Annual report of the Bengal Veterinary College and of the Civil Veterinary Department, Bengal, for the year 1920-21 - 1920-1921
Year: 1920
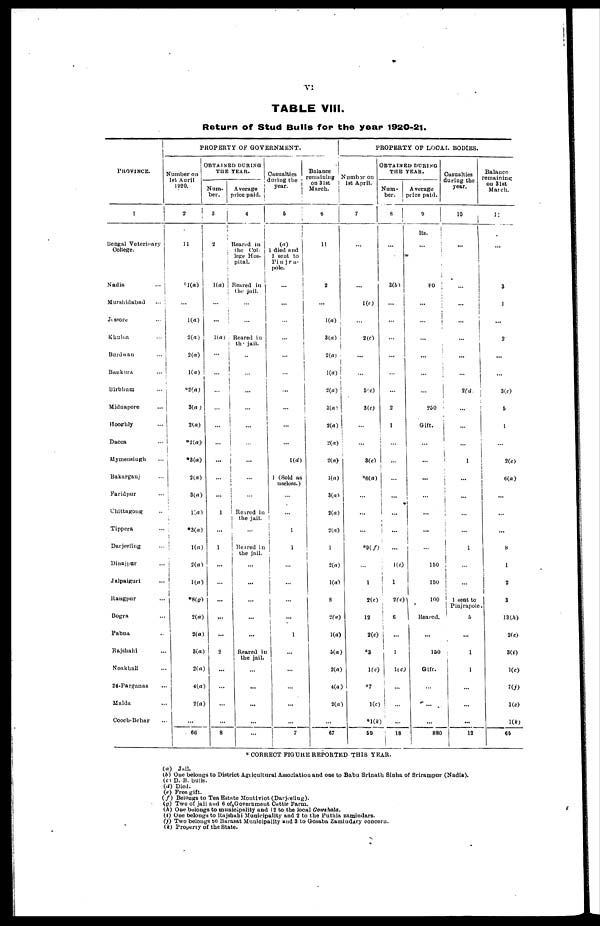
TABLE VIII.
Return of Stud Bulls for the year 1920-21.
PROVINCE.
1
Bengal Veterinary
College.
Nadia ...
Murshidabad ...
Jessore ...
Khulna ...
Burdwan ...
Baukura ...
Birbhum ...
Midnapore ...
Hooghly ...
Dacca ...
Mymensingh ...
Bakarganj ...
Faridpur ...
Chittagong ...
Tippera ...
Darjeeling ...
Dinajpur ...
Jalpaiguri ...
Rangpur ...
Bogra ...
Pabna ...
Rajshahi ...
Noakhali ...
24-Parganas ...
Malda ...
Coach-Behar ...
PROPERTY OF GOVERNMENT.
Number on
1st April
1920.
2
11
*1(a)
...
1(a)
2(a)
2(a)
1(a)
*2(a)
3(a)
2(a)
* 2(a)
* 3(a)
2(a)
3(a)
1(a)
*3(a)
1(a)
2(a)
1(a)
*8(g)
2(a)
2(a)
3(a)
2(a)
4(a)
2(a)
...
66
OBTAINED DURING
THE YEAR.
Num-
ber.
3
2
1(a) |
...
...
1(a)
...
...
...
...
...
...
...
...
...
1
...
1
...
...
...
...
...
2
...
...
...
...
8
Average
rice paid.
4
Reared in
the Col-
lege Hos-
pital.
Reared in
the jail.
...
...
Reared in
the jail.
...
...
...
...
...
...
...
...
...
Reared in
the jail.
...
Reared in
the jail.
...
...
...
...
...
Reared in
the jail.
...
...
...
...
...
Oasualties
during the
year.
5
(a)
1 died and
1 sent to
Pinjra-
pole.
...
...
...
...
...
...
...
...
...
...
1(d)
1 (Sold as
useless.)
...
...
1
1
...
...
...
...
1
...
...
...
...
...
7
Balance
remaining
on 31st
March.
6
11
2
...
1(a)
3(a)
2(a)
1(a)
2(a)
3(a)
2(a)
2(a)
2(a)
1(a)
3(a)
2(a)
2(a)
1
2(a)
1(a)
8
2(a)
1(a)
5(a)
2(a)
4(a)
2(a)
...
67
PROPERTY OF LOCAL BODIES.
number on
1st April.
7
...
...
1(c)
...
2(c)
...
...
5(c)
3(c)
...
...
3(c)
*6(a)
...
...
...
*9(f)
...
1
2(c)
12
2(c)
*3
1(c)
*7
1(c)
*1(k)
59
OBTAINED DURING
THE YEAR.
Nam-
ber.
8
|
...
3(b)
...
...
...
...
...
...
2
1
...
...
...
...
...
...
...
1(c)
1
2(c)
6
...
1
1(c)
...
...
...
18
Average
price paid.
0
Rs.
...
80
...
...
...
...
...
...
250
Gift.
...
...
...
...
...
...
...
160
150
100
Reared.
...
150
Gift.
...
...
...
880
Oasualties
during the
year.
10
...
...
...
...
...
...
...
2(d)
...
...
...
1
1
...
...
...
1
...
...
1 sent to
Pinjrapole
5
...
1
1
...
...
...
12
Balance
remaining
on 31st
Match.
11
...
3
1
...
2
...
...
3(c)
5
1
...
2(c)
6(a)
...
...
...
8
1
2
3
13(h)
2(c)
3(i)
1(c)
7(i)
1(c)
1(k)
66
CORRECT FIGURE REPORTED THIS YEAR.
(a) Jail.
(b) One belongs to District Agricultural Association and one to Babu Srinath Sinha of Srirampur (Nadia).
(c) D. B. bulls.
(d) Died,
(e) Free gift.
(f) Belongs to Tea Estate Montiviot (Darjeeling).
(g) Two of jail and 6 of Government Cuttle Farm.
(h) One belongs to municipality and 12 to the local Cowshala.
(i) One belongs to Rajshahi Municipality and 2 to the Puthia zamindars.
(j) Two belongs to Barasat Municipality and 3 to Gosaba Zamindary concern.
(k) Property of the State.